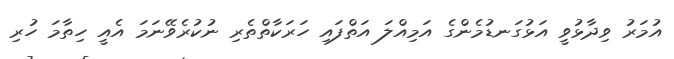
އުމަރު ވިދާޅުވީ އަޅުގަނޑުމެންގެ އަމިއްލަ އަތްފައި ހަރަކާތްތެރި ނުކުރެވޭނަމަ އެއީ ހިތާމަ ހުރި